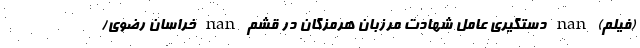
(فیلم) nan دستگیری عامل شهادت مرزبان هرمزگان در قشم nan خراسان رضوی/